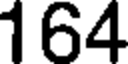
164